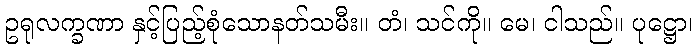
ဥရုလက္ခဏာ နှင့်ပြည့်စုံသောနတ်သမီး။ တံ၊ သင်ကို။ မေ၊ ငါသည်။ ပုဋ္ဌော၊